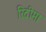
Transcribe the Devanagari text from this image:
रिदीमा